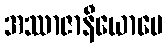
အဿာဇာနီယောပေ